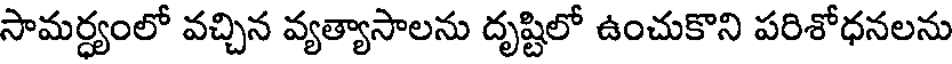
సామర్ధ్యంలో వచ్చిన వ్యత్యాసాలను దృష్టిలో ఉంచుకొని పరిశోధనలను